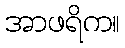
အာဖရိက။